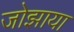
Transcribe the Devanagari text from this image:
जोझाया